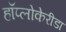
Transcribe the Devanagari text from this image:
हॉप्लोकेरीडा